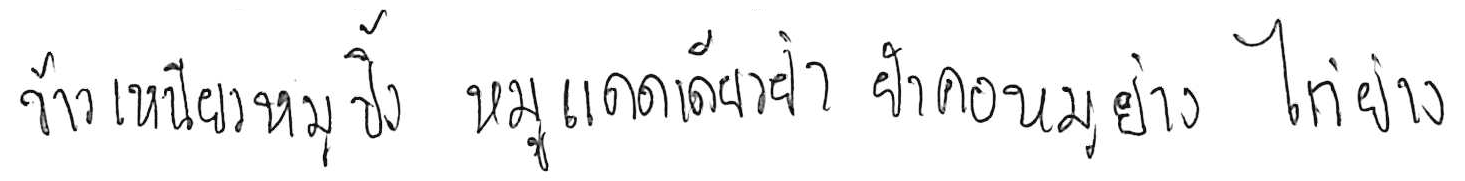
ข้าวเหนียวหมูปิ้ง หมูแดดเดียวย่าง ยำคอหมูย่าง ไก่ย่าง